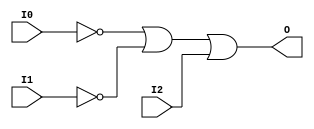

/*

FUNCTION	: 3-INPUT OR GATE

*/

`timescale  100 ps / 10 ps

`celldefine

module OR3B2 (O, I0, I1, I2);


    output O;

    input  I0, I1, I2;

    not N1 (i1_inv, I1);
    not N0 (i0_inv, I0);
    or O1 (O, i0_inv, i1_inv, I2);

    specify
	(I0 *> O) = (0, 0);
	(I1 *> O) = (0, 0);
	(I2 *> O) = (0, 0);
    endspecify

endmodule

`endcelldefine